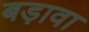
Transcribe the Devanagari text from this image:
बड़ावा